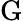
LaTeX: \mathrm{G}